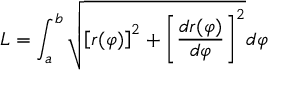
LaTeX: L = \int _ { a } ^ { b } { \sqrt { \left[ r ( \varphi ) \right] ^ { 2 } + \left[ { \frac { d r ( \varphi ) } { d \varphi } } \right] ^ { 2 } } } d \varphi